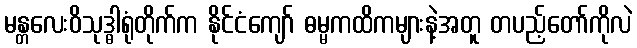
မန္တလေးဝိသုဒ္ဓါရုံတိုက်က နိုင်ငံကျော် ဓမ္မကထိကများနဲ့အတူ တပည့်တော်ကိုလဲ